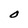
Character: O